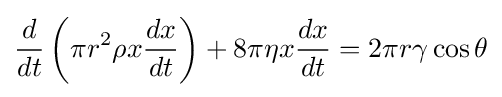
{\frac {d}{dt}}\left(\pi r^{2}\rho x{\frac {dx}{dt}}\right)+8\pi \eta x{\frac {dx}{dt}}=2\pi r\gamma \cos \theta